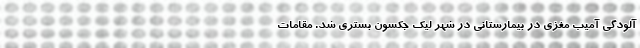
آلودگی آمیب مغزی در بیمارستانی در شهر لیک جکسون بستری شد. مقامات